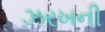
ઝરખની